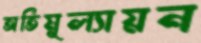
অতিমূল্যায়ন